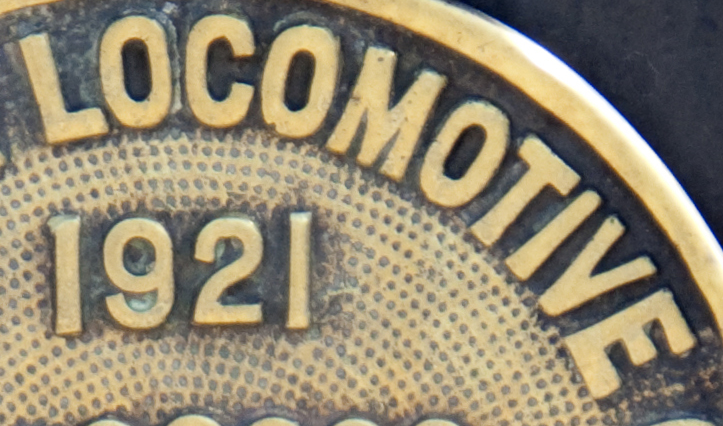
LOCOMOTIVE